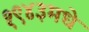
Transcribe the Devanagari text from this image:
१९४३मधे